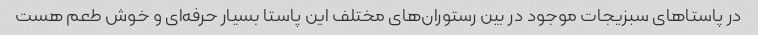
در پاستاهای سبزیجات موجود در بین رستوران‌های مختلف این پاستا بسیار حرفه‌ای و خوش طعم هست